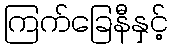
ကြက်ခြေနီနှင့်